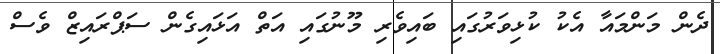
ދެން މަންމައާ އެކު ކުޅިވަރުގައި ބައިވެރި މޫނުގައި އަތް އަޅައިގެން ސަޕްރައިޒް ވެސް